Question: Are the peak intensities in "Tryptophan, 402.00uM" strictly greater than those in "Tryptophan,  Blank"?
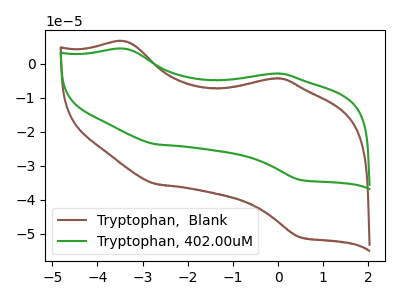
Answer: <think>The brown curve "Tryptophan,  Blank" has anodic peaks at (-3.40V, 6.55uA) (-0.15V, -4.35uA) and cathodic peaks at (-2.70V, -35.40uA) (0.50V, -51.00uA). The green curve "Tryptophan, 402.00uM" has anodic peaks at (-3.40V, 4.40uA) (-0.15V, -2.90uA) and cathodic peaks at (-2.70V, -23.70uA) (0.50V, -34.10uA).</think>
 <answer>The peaks in "Tryptophan, 402.00uM" are neither all higher or all lower than the peaks in "Tryptophan,  Blank".</answer>
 <eval>mixed</eval>